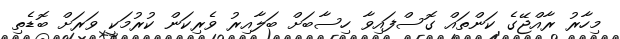
މިހާރު ރާއްޖޭގެ ކަންތައް ގޮސްފައިވާ ހިސާބަށް ބަލާއިރު ވެރިކަން ކުރުމަކީ ވަރަށް ބޮޑެތި